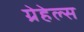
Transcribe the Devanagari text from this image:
ग्रेहेल्स